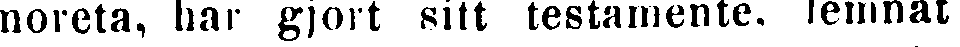
moreta, har gjort sitt testamente, lemnat